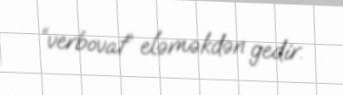
“verbovat” eləməkdən gedir.